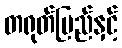
တရုတ်ပြည်နှင့်